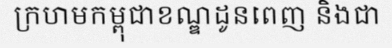
ក្រហមកម្ពុជាខណ្ឌដូនពេញ និងជា